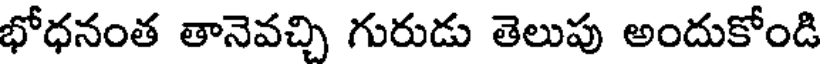
భోధనంత తానెవచ్చి గురుడు తెలుపు అందుకోండి